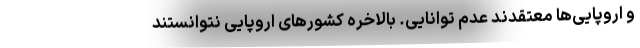
و اروپایی‌ها معتقدند عدم توانایی. بالاخره کشورهای اروپایی نتوانستند